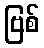
ဗြစ်